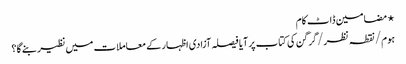
⋆ مضامین ڈاٹ کام
ہوم/نقطہ نظر/گرگن کی کتاب پر آیا فیصلہ آزادی اظہار کے معاملات میں نظیر بنے گا؟